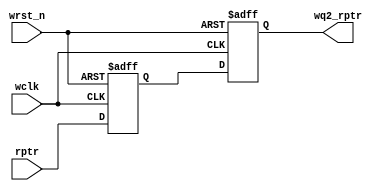
`timescale 1ns / 1ps
//////////////////////////////////////////////////////////////////////////////////
// Company: 
// Engineer: 
// 
// Design Name: 
// Module Name:    sync_r2w 
// Project Name: 
// Target Devices: 
// Tool versions: 
// Description: 
//
// Dependencies: 
//
// Revision: 
// Revision 0.01 - File Created
// Additional Comments: 
//
//////////////////////////////////////////////////////////////////////////////////
module sync_r2w #(parameter ADDRSIZE = 3)
(output reg [ADDRSIZE:0] wq2_rptr,
input [ADDRSIZE:0] rptr,
input wclk, wrst_n);
reg [ADDRSIZE:0] wq1_rptr;
always @(posedge wclk or negedge wrst_n)
if (!wrst_n) {wq2_rptr,wq1_rptr} <= 0;
else {wq2_rptr,wq1_rptr} <= {wq1_rptr,rptr};
endmodule